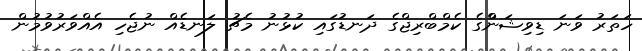
ހަތަރު ވަނަ ޑިވިޝަންްގެ ކެމްބްރިޖްގެ ދަނޑުގައި ކުޅުނު މެޗު ލަނޑެއް ނުޖެހި އެއްވަރުވުމުން